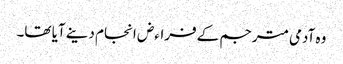
وہ آدمی مترجم کے فراءض انجام دینے آیا تھا۔